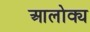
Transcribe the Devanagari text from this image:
आलोक्य